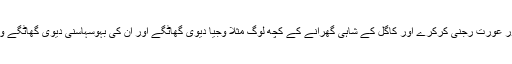
سال 1984میں انہوں نے ایک دوسری معذور عورت رجنی کرکرے اور کاگل کے شاہی گھرانے کے کچھ لوگ مثلا وجیا دیوی گھاٹگے اور ان کی بہوسہاسنی دیوی گھاٹگے وغیرہ کی مدد HOHKکے قیام کا فیصلہ کیا۔